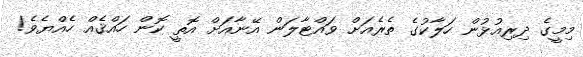
މިމީގެ ދިރިއުޅުން ހަލާކުގެ ތެރެއަށް ވައްޓާލަން އޭނާއަށް އޮތީ ކޮން ހައްޤެއް ހެއްޔެވެ!